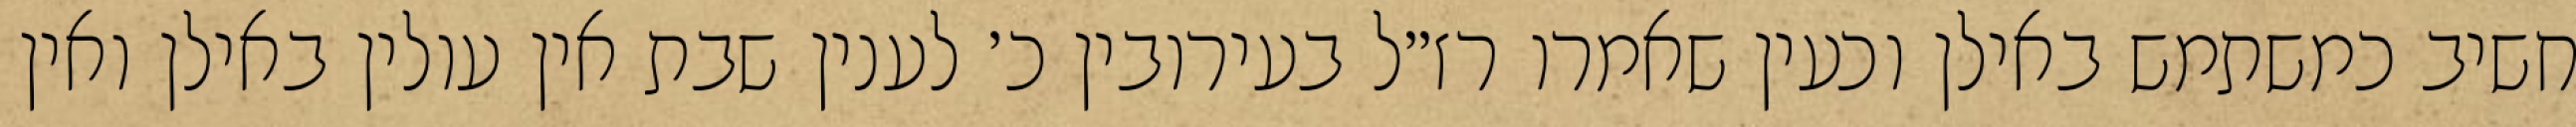
חשיב כמשתמש באילן וכעין שאמרו רז״ל בעירובין כ׳ לענין שבת אין עולין באילן ואין